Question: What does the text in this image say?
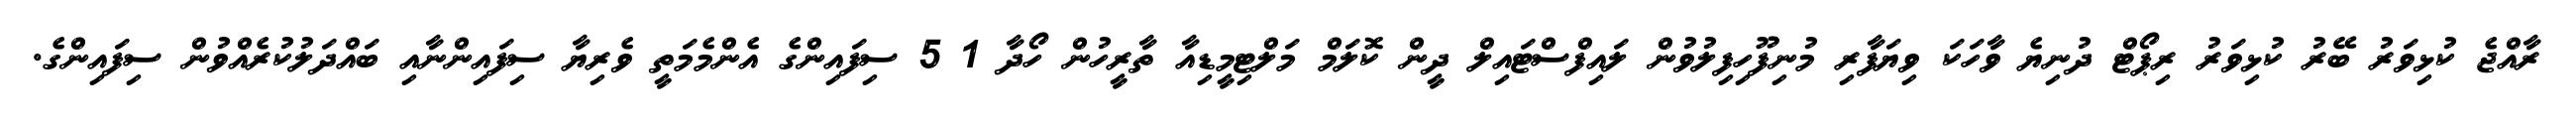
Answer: ރާއްޖެ ކުޅިވަރު ބޭރު ކުޅިވަރު ރިޕޯޓް ދުނިޔެ ވާހަކަ ވިޔަފާރި މުނިފޫހިފިލުވުން ލައިފްސްޓައިލް ދީން ކޮލަމް މަލްޓިމީޑިއާ ތާރީހުން ހޯދާ 1 5 ސިފައިންގެ އެންމެމަތީ ވެރިޔާ ސިފައިންނާއި ބައްދަލުކުރެއްވުން ސިފައިންގެ.